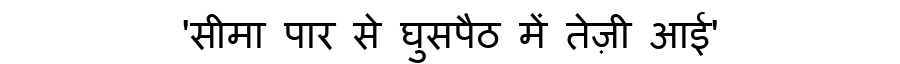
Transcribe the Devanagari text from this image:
'सीमा पार से घुसपैठ में तेज़ी आई'